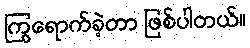
ကြွရောက်ခဲ့တာ ဖြစ်ပါတယ်။